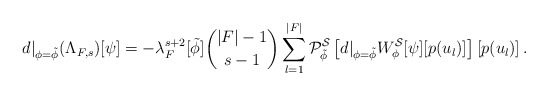
\begin{align*}d|_{\phi=\tilde{\phi}}(\Lambda_{F,s})[\psi]=-\lambda_F^{s+2}[\tilde{\phi}]\binom{|F|-1}{s-1}\sum_{l=1}^{|F|}\mathcal P^{\mathcal S}_{\tilde{\phi}}\left[d|_{\phi=\tilde{\phi}}W^{\mathcal S}_{\phi}[\psi][p(u_l)]\right]\left[p(u_l)\right].\end{align*}